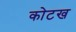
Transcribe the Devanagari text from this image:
कोटख